Treatise on elephants
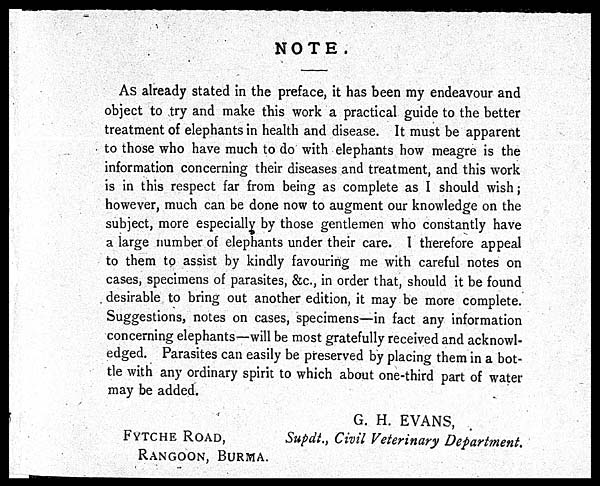
NOTE.
As already stated in the preface, it has been my endeavour and
object to try and make this work a practical guide to the better
treatment of elephants in health and disease. It must be apparent
to those who have much to do with elephants how meagre is the
information concerning their diseases and treatment, and this work
is in this respect far from being as complete as I should wish;
however, much can be done now to augment our knowledge on the
subject, more especially by those gentlemen who constantly have
a large number of elephants under their care. I therefore appeal
to them to assist by kindly favouring me with careful notes on
cases, specimens of parasites, &c., in order that, should it be found
desirable to bring out another edition, it may be more complete.
Suggestions, notes on cases, specimens—in fact any information
concerning elephants—will be most gratefully received and acknowl-
edged. Parasites can easily be preserved by placing them in a bot-
tle with any ordinary spirit to which about one-third part of water
may be added.
FYTCHE ROAD,
RANGOON, BURMA.
G. H. EVANS,
Supdt., Civil Veterinary Department.